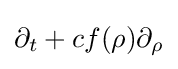
\partial _{t}+cf(\rho )\partial _{\rho }